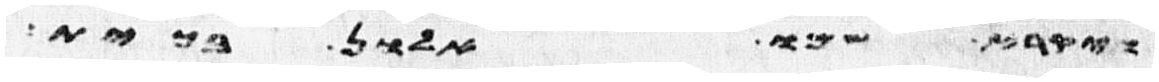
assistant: ויקרא שמו אלון בכית